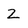
Character: Z